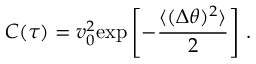
C ( \tau ) = v _ { 0 } ^ { 2 } \mathrm { e x p } \left[ - { \frac { \langle ( \Delta \theta ) ^ { 2 } \rangle } { 2 } } \right] \, .